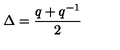
\Delta = \frac { q + q ^ { - 1 } } { 2 }